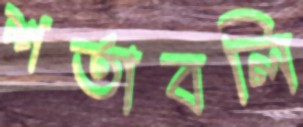
শর্তাবলি